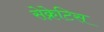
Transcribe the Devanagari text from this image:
सेक्रेटिस